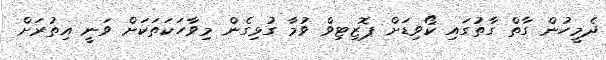
ދެމީހުން ގާތް ގާތުގައި ކޯވިޑަށް ޕޮޒިޓިވް ވުމާ ގުޅިގެން މިވާހަކަތަކަށް ވަނީ އިތުރަށް